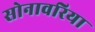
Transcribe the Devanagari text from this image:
सोनावरिया